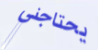
يحتاجني